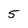
Character: 5